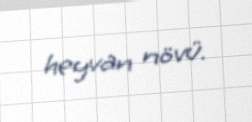
heyvan növü.